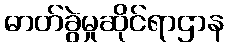
ဓာတ်ခွဲမှုဆိုင်ရာဌာန